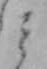
ミ